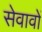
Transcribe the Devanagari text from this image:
सेवावों